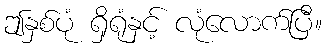
ဤနှစ်ပုံ ရှိရုံနှင့် လုံလောက်ပြီ။